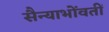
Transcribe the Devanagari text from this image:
सैन्याभोंवतीं